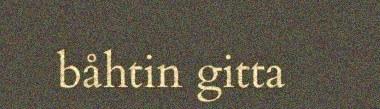
båhtin gitta